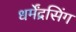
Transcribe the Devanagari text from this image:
धर्मेंद्रसिंग